Vaccination in the Punjab 1883-1896 - 1883-1896
Year: 1883
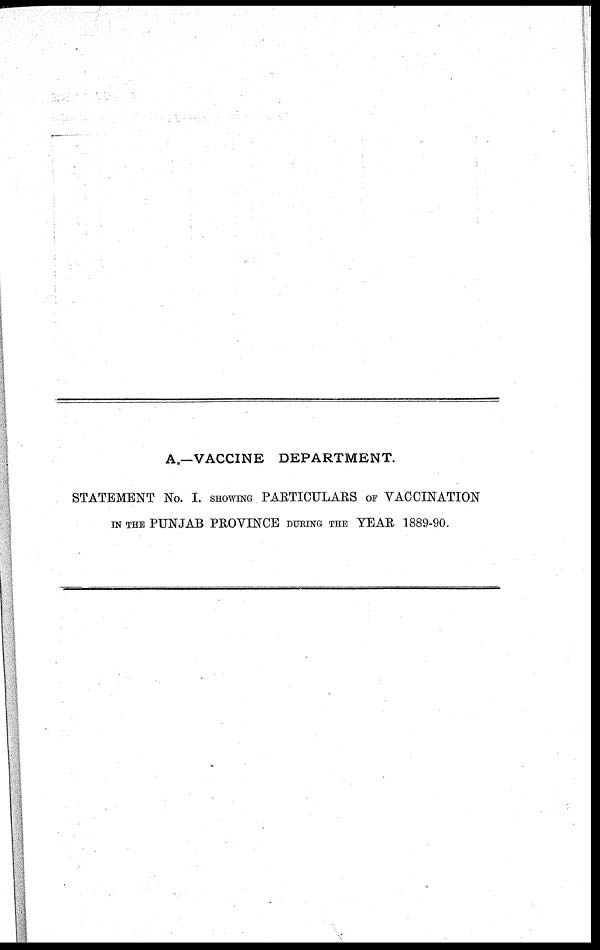
A.—VACCINE DEPARTMENT.
STATEMENT No. I. SHOWI NG PARTICULARS OF VACCINATION
IN THE PUNJAB PROVINCE DURING THE YEAR 1889-90.